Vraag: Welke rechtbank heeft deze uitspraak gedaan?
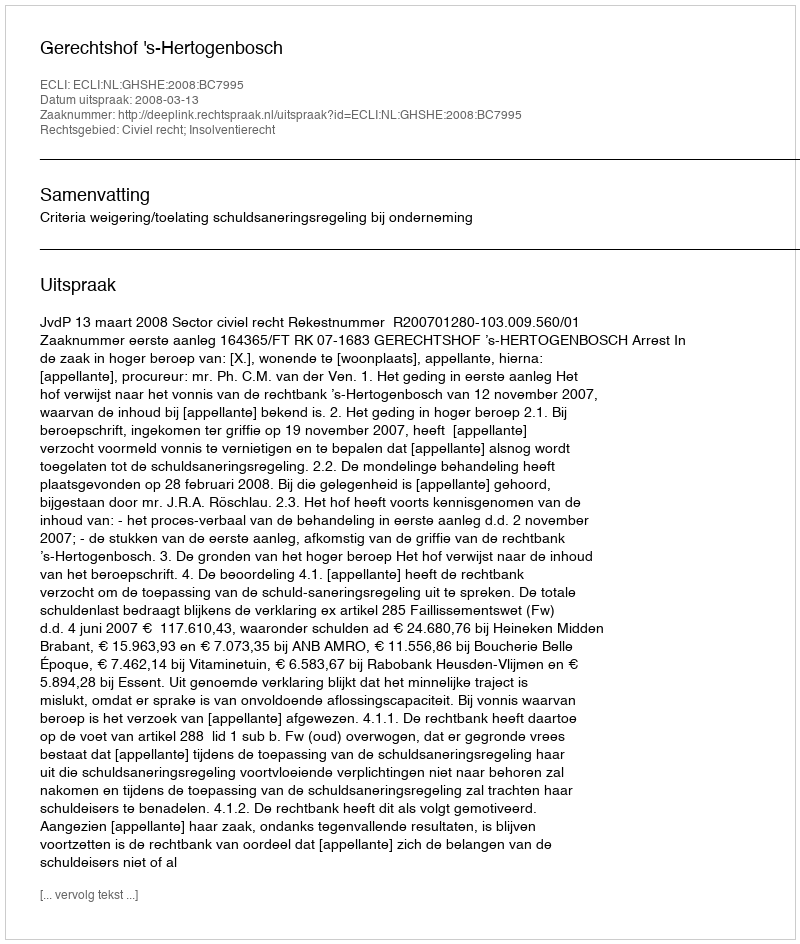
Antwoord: Gerechtshof 's-Hertogenbosch